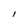
Character: I